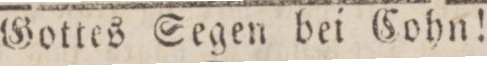
Gottes Segen bei Cohn!